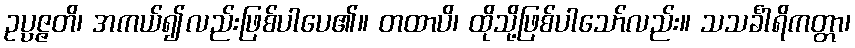
ဥပ္ပဇ္ဇတိ၊ အကယ်၍လည်းဖြစ်ပါပေ၏။ တထာပိ၊ ထိုသို့ဖြစ်ပါသော်လည်း။ သသင်္ခါရိကတ္တာ၊